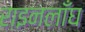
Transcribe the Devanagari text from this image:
राइनलाँघ